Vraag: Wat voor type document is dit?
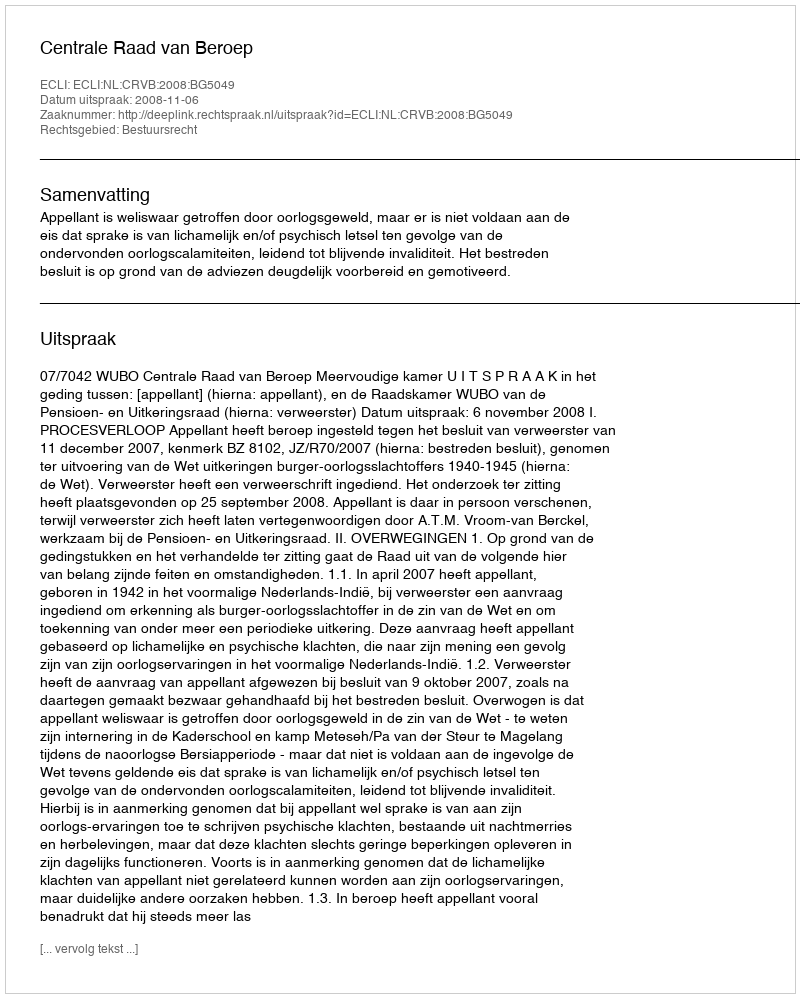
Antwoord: Uitspraak